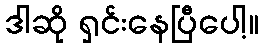
ဒါဆို ရှင်းနေပြီပေါ့။